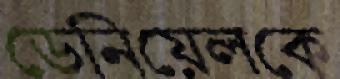
ডেনিয়েলকে